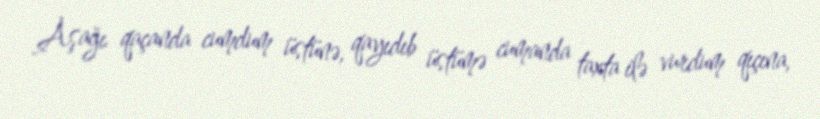
Aşağı qaçanda cumdum üstünə, qayıdıb üstümə cumanda taxta ilə vurdum qıçına,